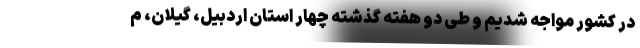
در کشور مواجه شدیم و طی دو هفته گذشته چهار استان اردبیل، گیلان، م